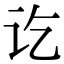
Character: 讫